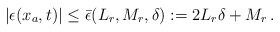
\begin{align*}&|\epsilon(x_a,t)|\le \bar \epsilon(L_r,M_r, \delta):=2 L_r \delta + M_r \,.\end{align*}